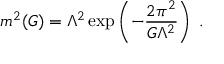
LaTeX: m ^ { 2 } ( G ) = \Lambda ^ { 2 } \exp \left( - \frac { 2 \pi ^ { 2 } } { G \Lambda ^ { 2 } } \right) \; .